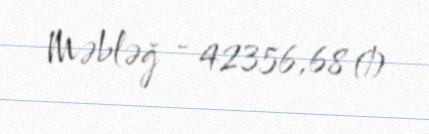
Məbləğ - 42356,68 ₼